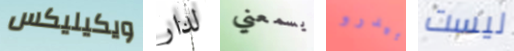
ويكيليكس لدار يسمعني بيدرو ليست